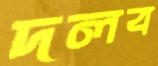
দলব